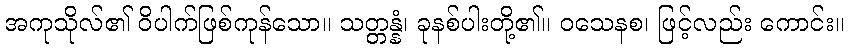
အကုသိုလ်၏ ဝိပါက်ဖြစ်ကုန်သော။ သတ္တန္နံ၊ ခုနစ်ပါးတို့၏။ ဝသေနစ၊ ဖြင့်လည်း ကောင်း။